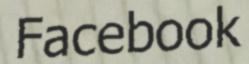
Facebook